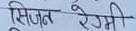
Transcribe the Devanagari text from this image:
सिजल रेजमी